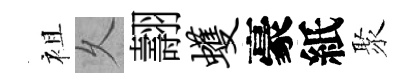
袓乆翿蠖豪紙聚